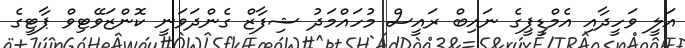
އަލީ ވަހީދާއި އެމްޑީޕީގެ ނައިބް ރައީސް މުހައްމަދު ޝިފާޒް ގެންދަވަނީ ކޮންޒަވޭޓިވް ޕާޓީގެ